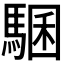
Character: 𩤁